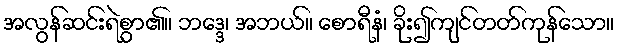
အလွန်ဆင်းရဲစွာ၏။ ဘဒ္ဒေ၊ အဘယ်။ စောရီနံ၊ ခိုး၍ကျင်တတ်ကုန်သော။